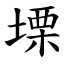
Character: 塛